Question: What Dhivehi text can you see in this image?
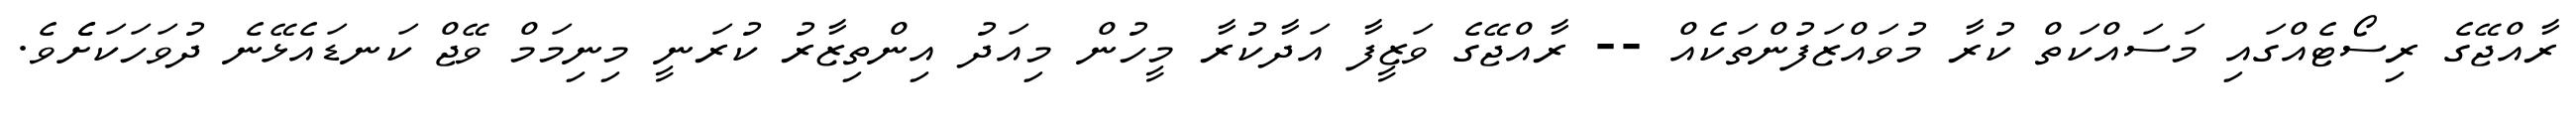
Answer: ރާއްޖޭގެ ރިސޯޓެއްގައި މަސައްކަތް ކުރާ މުވައްޒަފުންތަކެއް -- ރާއްޖޭގެ ވަޒީފާ އަދާކުރާ މީހުން މިއަދު އިންތިޒާރު ކުރަނީ މިނިމަމް ވޭޖް ކަނޑައެޅޭނެ ދުވަހަކަށެެވެ.